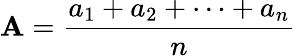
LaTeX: \mathbf{A}={\frac{{a_{1}+a_{2}+\cdots+a_{n}}}{{n}}}